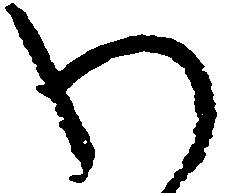
わ